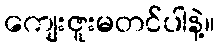
ကျေးဇူးမတင်ပါနဲ့။